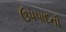
ઉપપાદની